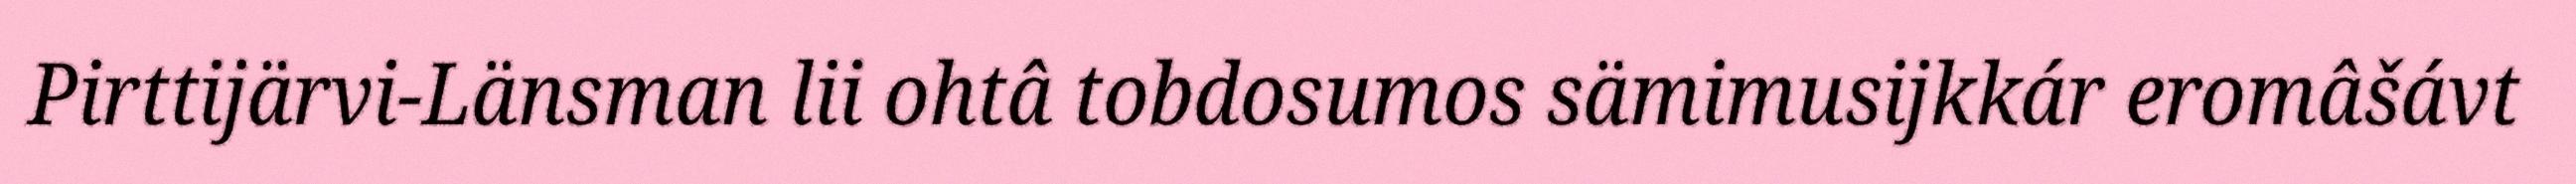
Pirttijärvi-Länsman lii ohtâ tobdosumos sämimusijkkár eromâšávt